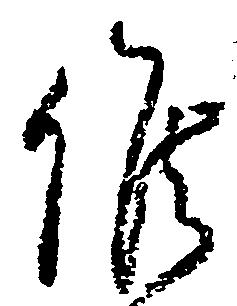
候